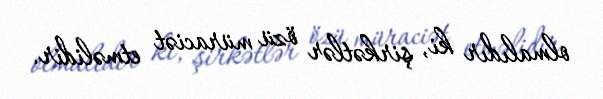
olmalıdır ki, şirkətlər özü müraciət etməlidir.